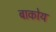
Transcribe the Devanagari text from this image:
बाकोय